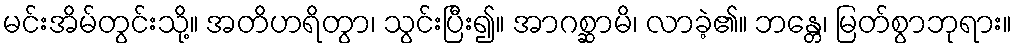
မင်းအိမ်တွင်းသို့။ အတိဟရိတွာ၊ သွင်းပြီး၍။ အာဂစ္ဆာမိ၊ လာခဲ့၏။ ဘန္တေ၊ မြတ်စွာဘုရား။